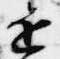
近